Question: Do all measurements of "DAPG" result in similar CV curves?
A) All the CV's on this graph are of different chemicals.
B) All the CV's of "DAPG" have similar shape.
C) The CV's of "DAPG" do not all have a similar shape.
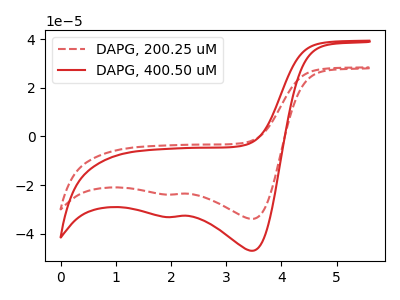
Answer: <think>The red dashed curve "DAPG, 200.25 uM" has cathodic peaks at (3.45V, -33.85uA) (2.05V, -23.85uA). The red curve "DAPG, 400.50 uM" has cathodic peaks at (3.45V, -46.90uA) (2.05V, -33.05uA).
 All the peaks in "DAPG, 200.25 uM" have a peak in "DAPG, 400.50 uM" at the same potential. Every peak in "DAPG, 200.25 uM" is lower than every peak in "DAPG, 400.50 uM".</think>
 <answer>B) All the CV's of "DAPG" have similar shape.</answer>
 <eval>B</eval>